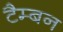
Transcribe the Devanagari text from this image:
टैम्बन